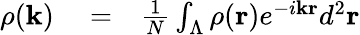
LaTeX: \begin{array}{rlr}{\rho({\mathbf k})}&{{}=}&{\frac{1}{N}\int_{\Lambda}\rho({\mathbf r})e^{-i{\mathbf k}{\mathbf r}}d^{2}{\mathbf r}}\end{array}